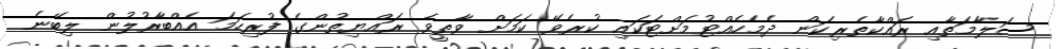
ސަލާމަތާއި ރައްކާތެރިކަން ދެމެހެއްޓުމަށްޓަކައި ކުރެވޭ ކަމަށް ވާތީވެ ރައްޔިތުންގެ ފުރިހަމަ އެއްބާރުލުން ލިބޭނެ